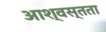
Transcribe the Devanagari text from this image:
आश्वस्तता